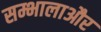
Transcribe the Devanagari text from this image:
सम्भालाऔर